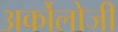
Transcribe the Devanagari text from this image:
अर्कोलोजी